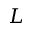
L